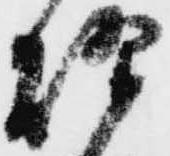
炊